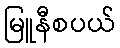
မြူနီစပယ်